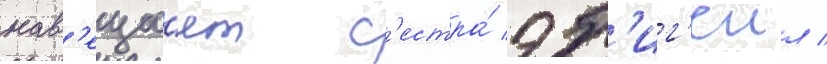
нав'еща́ет с'естра́ эб'иг'еил /